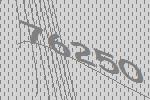
76250